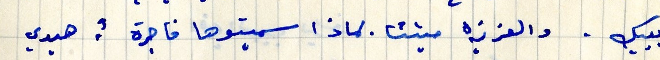
بييك . والعزيزه ميتثا. لماذا سميتوها فاجرة ؟ هيدي